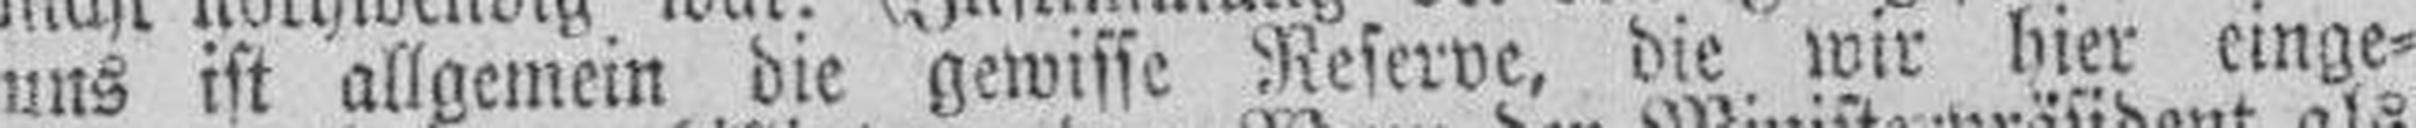
uns ist allgemein die gewisse Reserve, die wir hier einge¬